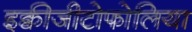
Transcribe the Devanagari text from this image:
इक्वीजीटोफोलिया